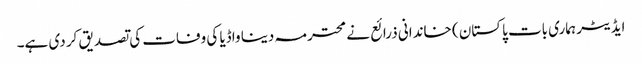
ایڈیٹر ہماری بات پاکستان ) خاندانی ذرائع نے محترمہ دینا واڈیا کی وفات کی تصدیق کر دی ہے۔